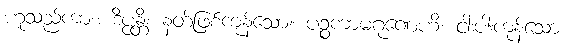
ဟူသည်ကား။ ဒိပ္ပန္တိ၊ နတ်ဖြစ်ကုန်သော။ ပဉ္စကာမဂုဏေဟိ၊ ငါးပါးကုန်သော